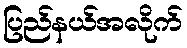
ပြည်နယ်အလိုက်